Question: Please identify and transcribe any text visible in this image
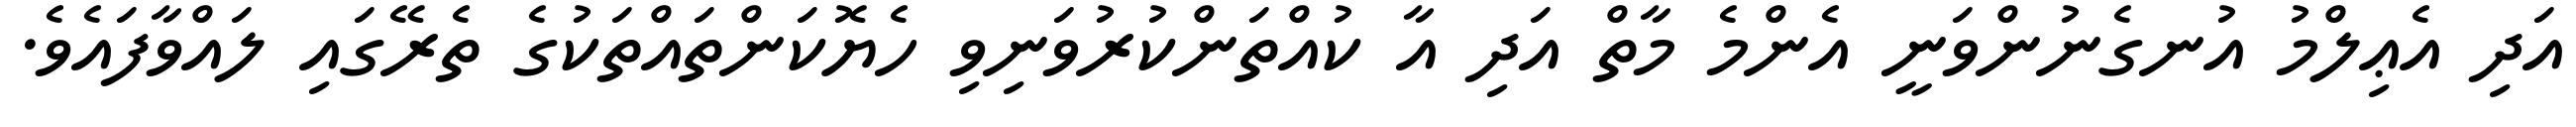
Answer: އަދި އެޢިލްމު އުނގެނުންވަނީ އެންމެ މާތް އަދި އާ ކުއްތަންކުރުވަނިވި ހެޔޮކަންތައްތަކުގެ ތެރޭގައި ލައްވާފައެވެ.